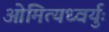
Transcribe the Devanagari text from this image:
ओमित्यध्वर्युः